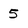
Character: 5